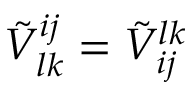
\tilde { V } _ { l k } ^ { i j } = \tilde { V } _ { i j } ^ { l k }